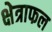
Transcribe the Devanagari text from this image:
क्षेत्राफल